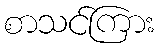
စာသင်ကြား